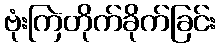
ဗုံးကြဲတိုက်ခိုက်ခြင်း